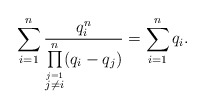
\begin{gather*}\sum_{i=1}^n\frac{q_i^n}{\prod\limits_{\stackrel{j=1}{j\neq i}}^n (q_i-q_j)}=\sum_{i=1}^n q_i .\end{gather*}